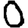
Digit: 0